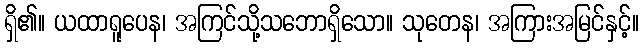
ရှိ၏။ ယထာရူပေန၊ အကြင်သို့သဘောရှိသော။ သုတေန၊ အကြားအမြင်နှင့်။